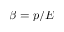
\beta = p / E